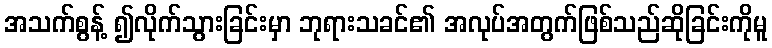
အသက်စွန့် ၍လိုက်သွားခြင်းမှာ ဘုရားသခင်၏ အလုပ်အတွက်ဖြစ်သည်ဆိုခြင်းကိုမူ